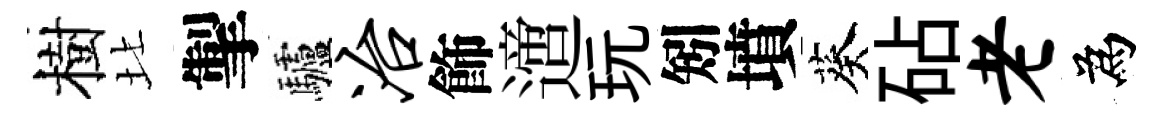
樹北掣驢冶飾𨗁玩矧墳葵砧老為